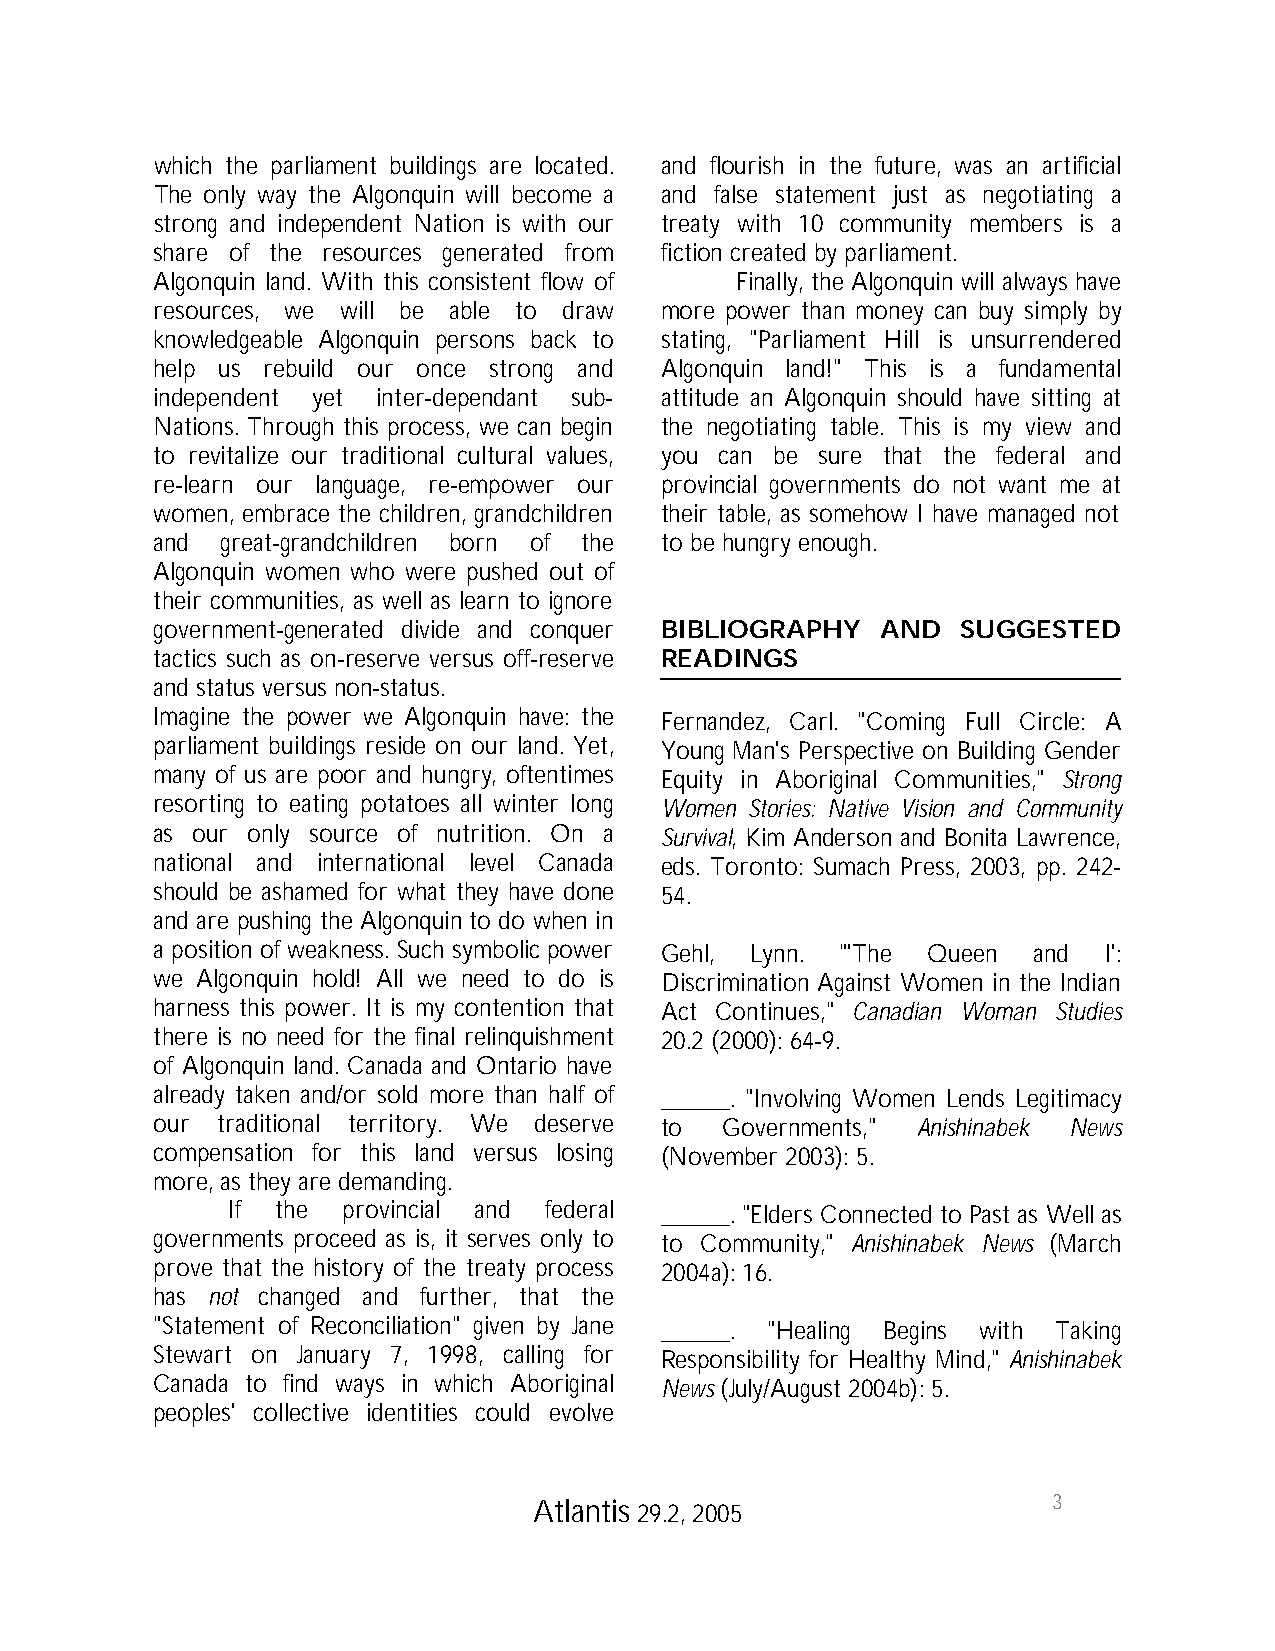
which the parliament buildings are located. and flourish in the future, was an artificial
 The only way the Algonquin will become a and false statement just as negotiating a
 strong and independent Nation is with our treaty with 10 community members is a
 share of the resources generated from fiction created by parliament.
 Algonquin land. With this consistent flow of Finally, the Algonquin will always have
 resources, we will be able to draw more power than money can buy simply by
 knowledgeable Algonquin persons back to stating, "Parliament Hill is unsurrendered
 help us rebuild our once strong and Algonquin land!" This is a fundamental
 independent yet inter-dependant sub- attitude an Algonquin should have sitting at
 Nations. Through this process, we can begin the negotiating table. This is my view and
 to revitalize our traditional cultural values, you can be sure that the federal and
 re-learn our language, re-empower our provincial governments do not want me at
 women, embrace the children, grandchildren their table, as somehow I have managed not
 and  great-grandchildren born of the to be hungry enough.
 Algonquin women who were pushed out of
 their communities, as well as learn to ignore
 government-generated divide and conquer BIBLIOGRAPHY AND SUGGESTED
 tactics such as on-reserve versus off-reserve READINGS
 and status versus non-status.
 Imagine the power we Algonquin have: the Fernandez, Carl. "Coming Full Circle: A
 parliament buildings reside on our land. Yet, Young Man's Perspective on Building Gender
 many of us are poor and hungry, oftentimes Equity in Aboriginal Communities," Strong
 resorting to eating potatoes all winter long Women Stories: Native Vision and Community
 as our only source of nutrition. On a Survival, Kim Anderson and Bonita Lawrence,
 national and international level Canada eds. Toronto: Sumach Press, 2003, pp. 242-
 should be ashamed for what they have done 54.
 and are pushing the Algonquin to do when in
 a position of weakness. Such symbolic power Gehl, Lynn. "'The Queen and I':
 we Algonquin hold! All we need to do is Discrimination Against Women in the Indian
 harness this power. It is my contention that Act Continues," Canadian Woman Studies
 there is no need for the final relinquishment 20.2 (2000): 64-9.
 of Algonquin land. Canada and Ontario have
 already taken and/or sold more than half of _____. "Involving Women Lends Legitimacy
 our traditional territory. We deserve to Governments," Anishinabek News
 compensation for this land versus losing (November 2003): 5.
 more, as they are demanding.
 If the  provincial and federal _____. "Elders Connected to Past as Well as
 governments proceed as is, it serves only to to Community," Anishinabek News (March
 prove that the history of the treaty process 2004a): 16.
 has not changed and further, that the
 "Statement of Reconciliation" given by Jane _____. "Healing Begins with Taking
 Stewart on January 7, 1998, calling for Responsibility for Healthy Mind," Anishinabek
 Canada to find ways in which Aboriginal News (July/August 2004b): 5.
 peoples' collective identities could evolve
 3
 Atlantis 29.2, 2005